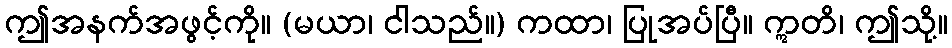
ဤအနက်အဖွင့်ကို။ (မယာ၊ ငါသည်။) ကထာ၊ ပြုအပ်ပြီ။ ဣတိ၊ ဤသို့။